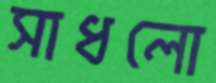
সাধলো